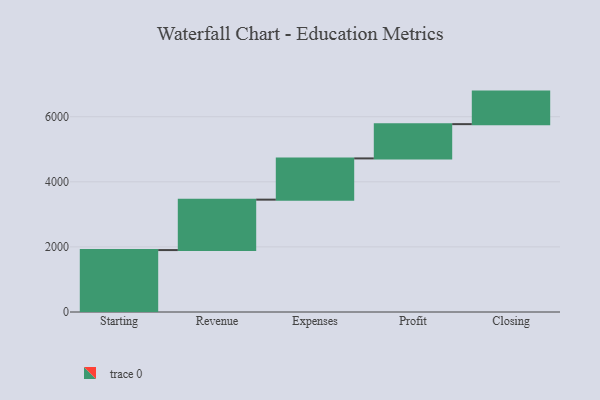
{"axis": {"x": "Step", "y": "Value"}, "legend": [""], "data": [{"x": "Starting", "y": 1903.0, "type": ""}, {"x": "Revenue", "y": 1550.0, "type": ""}, {"x": "Expenses", "y": 1267.0, "type": ""}, {"x": "Profit", "y": 1053.0, "type": ""}, {"x": "Closing", "y": 1000, "type": ""}]}